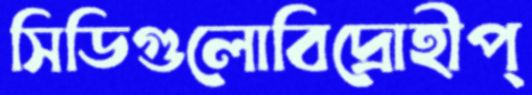
সিডিগুলোবিদ্রোহীপ্